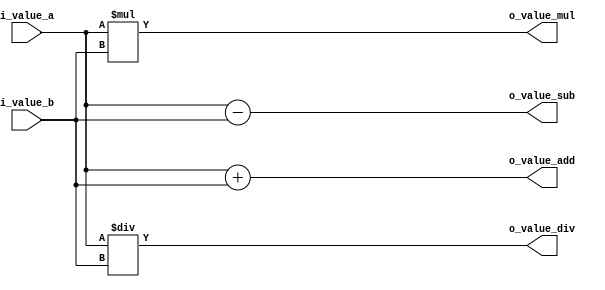
//////////////////////////////////////////////////////////////////////////////////
// Company: Personal
//
// Create Date:
// Design Name: combi_test
// Module Name: combi_test
// Project Name:
// Target Devices:
// Tool Versions:
// Description: combi test
// Dependencies:
//
// Revision:
// Revision 0.01 - File Created
// Additional Comments:
//
//////////////////////////////////////////////////////////////////////////////////
// https://documentation-rp-test.readthedocs.io/en/latest/tutorfpga04.html
// https://personal.utdallas.edu/~jxw143630/index_files/Page5212.htm
// https://www.chipverify.com/verilog/verilog-operators
// http://www.asic-world.com/verilog/operators1.html

`timescale 1ns / 1ps

module combi_test_0(
	input 	[7:0] i_value_a		,
	input 	[7:0] i_value_b		,
    output  [7:0] o_value_add	,
    output  [7:0] o_value_sub	,
    output  [7:0] o_value_mul	,
    output  [7:0] o_value_div	
    );

assign o_value_add = i_value_a + i_value_b;
assign o_value_sub = i_value_a - i_value_b;
assign o_value_mul = i_value_a * i_value_b;
assign o_value_div = i_value_a / i_value_b; // If need high freq, It is difficult synthesis

endmodule